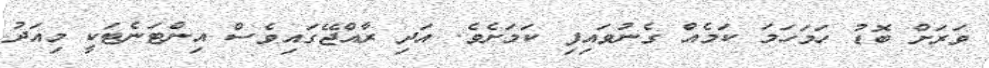
ވަރަށް ބޮޑު ހަމަހަމަ ކަމެއް ގެނުވައިފި ކަމަށެވެ. އަދި ރާއްޖޭގައިވެސް އިންޓަނެޓަކީ މިއަދު